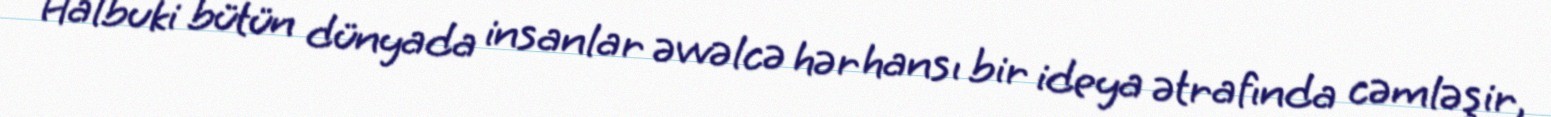
Halbuki bütün dünyada insanlar əvvəlcə hər hansı bir ideya ətrafında cəmləşir,